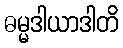
ဓမ္မဒါယာဒါတိ